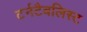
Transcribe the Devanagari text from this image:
टर्नटैबलिस्ट